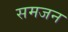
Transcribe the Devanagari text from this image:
समजन